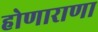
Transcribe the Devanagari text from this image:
होणाराणा